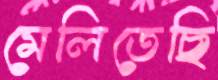
মেলিতেছি